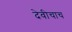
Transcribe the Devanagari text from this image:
देवीचाच